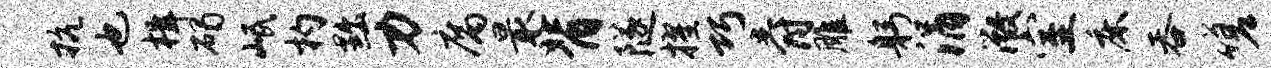
抗也楫碣岷杓黜力腐最背隧擢巧爵雕躬涓微室床吞嗟